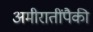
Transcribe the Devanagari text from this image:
अमीरातींपैकी